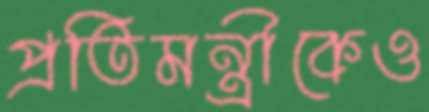
প্রতিমন্ত্রীকেও